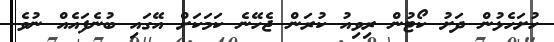
ހުށަހެޅުން ދަށު ކޯޓުން ރިވިއު ކުރަން ޖެހޭނެ ކަމަކަށް އޭގައި ބުނެފައެއް ނުވެ